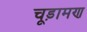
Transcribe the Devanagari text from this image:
चूड़ामण